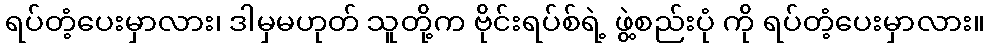
ရပ်တံ့ပေးမှာလား၊ ဒါမှမဟုတ် သူတို့က ဗိုင်းရပ်စ်ရဲ့ ဖွဲ့စည်းပုံ ကို ရပ်တံ့ပေးမှာလား။